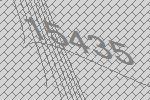
15435